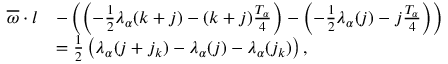
\begin{array} { r l } { \overline { { \omega } } \cdot l } & { - \left( \left( - \frac { 1 } { 2 } \lambda _ { \alpha } ( k + j ) - ( k + j ) \frac { T _ { \alpha } } 4 \right) - \left( - \frac { 1 } { 2 } \lambda _ { \alpha } ( j ) - j \frac { T _ { \alpha } } 4 \right) \right) } \\ & { = \frac { 1 } { 2 } \left( \lambda _ { \alpha } ( j + j _ { k } ) - \lambda _ { \alpha } ( j ) - \lambda _ { \alpha } ( j _ { k } ) \right) , } \end{array}